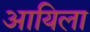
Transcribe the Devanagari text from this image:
आयिला